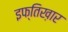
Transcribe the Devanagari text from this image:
इफ्तिख़ार